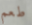
طعم